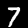
Digit: 7